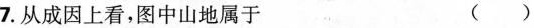
7.从成因上看，图中山地属于 ()